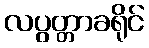
လပွတ္တာခရိုင်